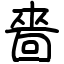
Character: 嗇